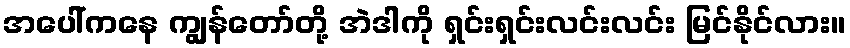
အပေါ်ကနေ ကျွန်တော်တို့ အဲဒါကို ရှင်းရှင်းလင်းလင်း မြင်နိုင်လား။